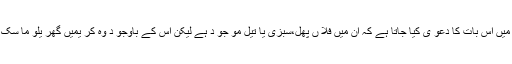
اگر چہ بازاری کر یمو ں میں اس بات کا دعو ی کیا جاتا ہے کہ ان میں فلا ں پھل،سبزی یا تیل مو جو د ہے لیکن اس کے باوجو د وہ کر یمیں گھر یلو ما سک کا مقا بلہ نہیں کر سکتیں۔